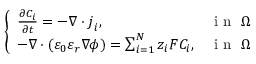
\left\{ \begin{array} { l l } { \frac { \partial C _ { i } } { \partial t } = - \nabla \cdot \boldsymbol { j } _ { i } , } & { \mathrm { ~ i ~ n ~ } ~ \Omega } \\ { - \nabla \cdot ( \varepsilon _ { 0 } \varepsilon _ { r } \nabla \phi ) = \sum _ { i = 1 } ^ { N } z _ { i } F C _ { i } , } & { \mathrm { ~ i ~ n ~ } ~ \Omega } \end{array} \right.